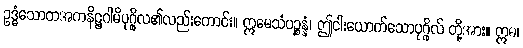
ဥဒ္ဓံသောတအကနိဋ္ဌဂါမိပုဂ္ဂိုလ၏လည်းကောင်း။ ဣမေသံပဉ္စန္နံ၊ ဤငါးယောက်သောပုဂ္ဂိုလ် တို့အား။ ဣဓ၊